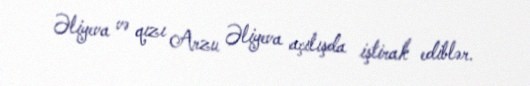
Əliyeva və qızı Arzu Əliyeva açılışda iştirak ediblər.